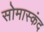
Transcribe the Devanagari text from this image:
सोमास्कंद